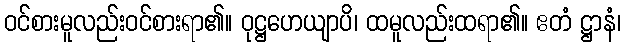
ဝင်စားမူလည်းဝင်စားရာ၏။ ဝုဋ္ဌဟေယျာပိ၊ ထမူလည်းထရာ၏။ ဧတံ ဋ္ဌာနံ၊